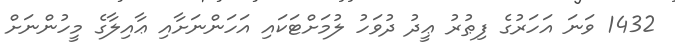
1432 ވަނަ އަހަރުގެ ފިޠުރު ޢީދު ދުވަހު ލުމަށްޓަކައި އަހަންނަށާއި ޢާއިލާގެ މީހުންނަށް